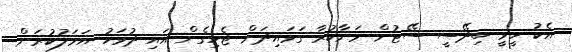
އެކު ހީވީ ބިދޭސީ ސޭޓުން މަނާކުރާ ގަވައިދަށް ޖެހިގެން އައި ދުވަހު އަމަލުކުރަން